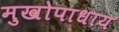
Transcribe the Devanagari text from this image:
मुखोपाधाय